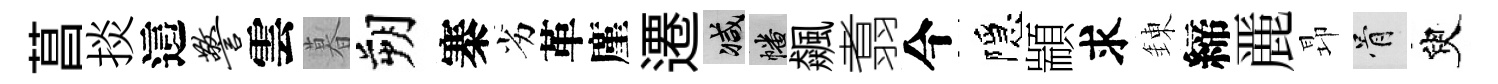
菖掞這警雲暮朔寨劣革廑遷减幡飆翥今隱顓求錬締䴡昻骨臾